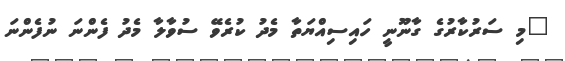
"މި ސަރުކާރުގެ ގާނޫނީ ހައިސިއްޔަތާ މެދު ކުރެވޭ ސުވާލާ މެދު ފެންނަ ނުފެންނަ